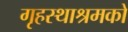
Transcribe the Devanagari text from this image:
गृहस्थाश्रमको